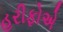
હરીફોએ